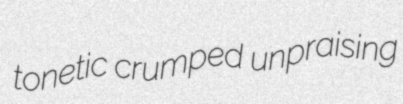
tonetic crumped unpraising